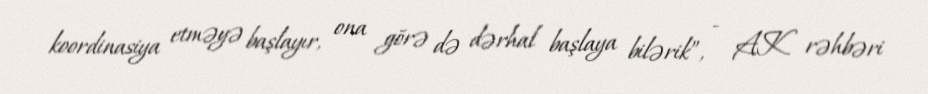
koordinasiya etməyə başlayır, ona görə də dərhal başlaya bilərik”, - AK rəhbəri